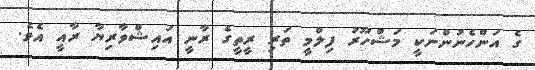
ގެ އަންހެނުންނަކީ މަޝްހޫރު ފިލްމީ ތަރި ރީތީގެ ރާނީ އައިޝްވާރިޔާ ރާއީ އެވެ.